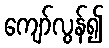
ကျော်လွန်၍